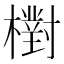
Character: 𣝉